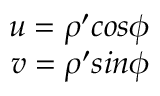
\begin{array} { r } { u = \rho ^ { \prime } c o s \phi } \\ { v = \rho ^ { \prime } s i n \phi } \end{array}